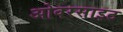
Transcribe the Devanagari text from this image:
ओवरसाइट